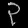
Digit: ၃